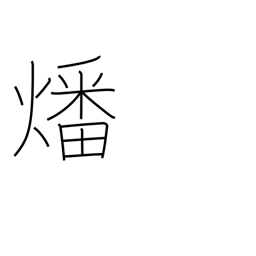
Meaning: burn